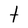
Character: t